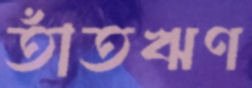
তাঁতঋণ